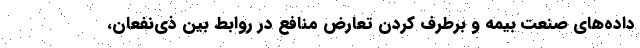
داده‌های صنعت بیمه و برطرف کردن تعارض منافع در روابط بین ذی‌نفعان،